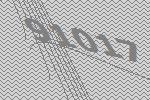
91017